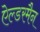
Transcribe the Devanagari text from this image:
ऐल्डरमैन